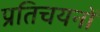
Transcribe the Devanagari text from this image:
प्रतिचयनों